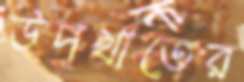
উপখাতের